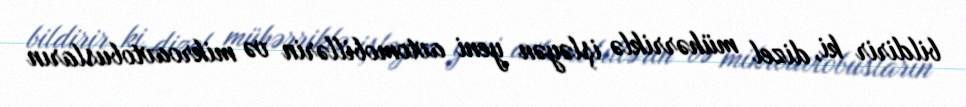
bildirir ki, dizel mühərriklə işləyən yeni avtomobillərin və mikroavtobusların